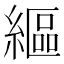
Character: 䌔